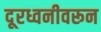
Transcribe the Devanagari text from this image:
दूरध्वनीवरून